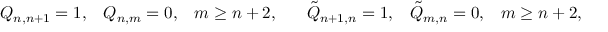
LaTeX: Q _ { n , n + 1 } = 1 , \; \; \; Q _ { n , m } = 0 , \; \; \; m \geq n + 2 , \; \; \; \; \; \; \tilde { Q } _ { n + 1 , n } = 1 , \; \; \; \tilde { Q } _ { m , n } = 0 , \; \; \; m \geq n + 2 ,